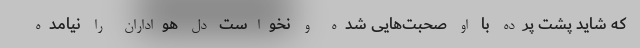
که شاید پشت پرده با او صحبت‌هایی شده و نخواست دل هواداران را نیامده